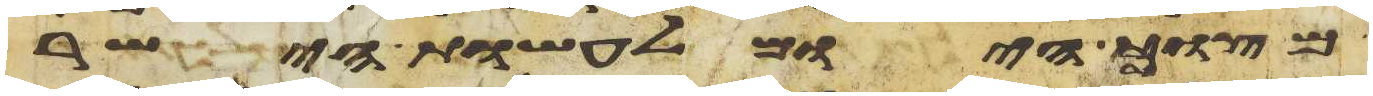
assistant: מצוך היום לעשות הישר